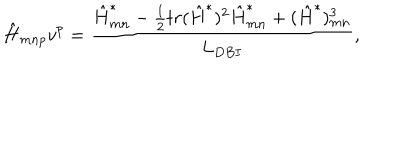
LaTeX: \hat { H } _ { m n p } v ^ { p } = { \frac { \hat { H } _ { m n } ^ { * } - { \frac { 1 } { 2 } } t r ( \hat { H } ^ { * } ) ^ { 2 } \hat { H } _ { m n } ^ { * } + ( \hat { H } ^ { * } ) _ { m n } ^ { 3 } } { L _ { D B I } } } ,